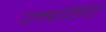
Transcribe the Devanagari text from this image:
एम्प्रांतिरि